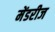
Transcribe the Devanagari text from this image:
मेंडरीज